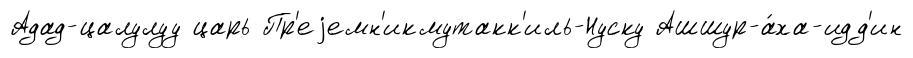
Адад-цалулуу царь Пр'еjемн'икмутакк'иль-Нуску Ашшур-а́ха-идд'ин